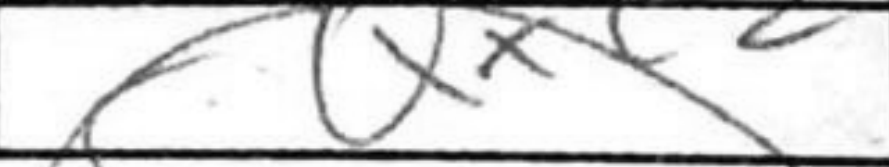
Transcription: Qxc2